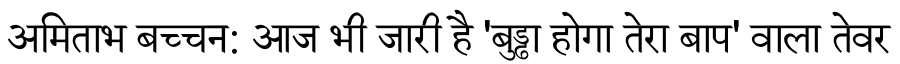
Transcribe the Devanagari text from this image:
अमिताभ बच्चन: आज भी जारी है 'बुड्ढा होगा तेरा बाप' वाला तेवर